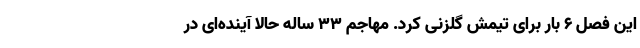
این فصل ۶ بار برای تیمش گلزنی کرد. مهاجم ۳۳ ساله حالا آینده‌ای در